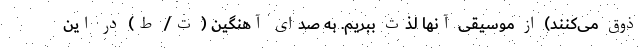
ذوق می‌کنند) از موسیقی آنها لذت ببریم. به صدای آهنگین ( ت/ ط) در این